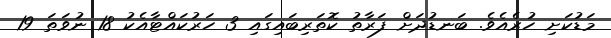
މަޑުކަށި ހުރެއެވެ. ބަނޑުދަށް ފަރާތު ކޮތަރިބައިގައި 3 ހަރުކައްޓާއެކު 18 ނުވަތަ 19